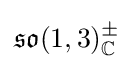
{\mathfrak {so}}(1,3)_{\mathbb {C} }^{\pm }